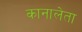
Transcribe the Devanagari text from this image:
कानालेता